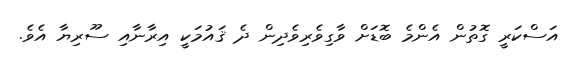
އަސްކަރީ ގޮތުން އެންމެ ބޮޑަށް ވާގިވެރިވެދިން ދެ ޤައުމަކީ އިރާނާއި ސޫރިޔާ އެވެ.